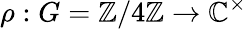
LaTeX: \rho:G=\mathbb{Z}/4\mathbb{Z}\to\mathbb{C}^{\times}